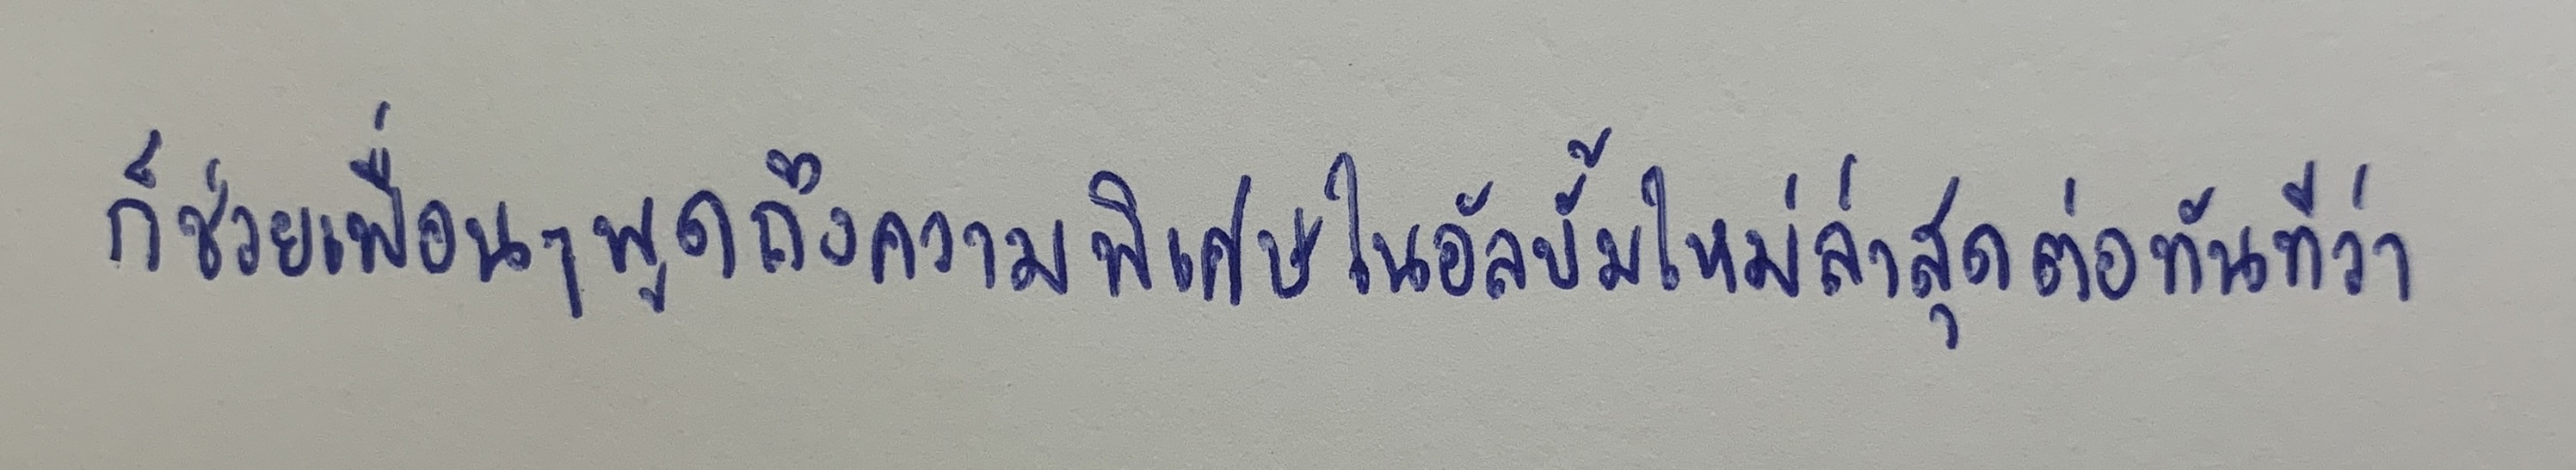
ก็ช่วยเพื่อนๆพูดถึงความพิเศษในอัลบั้มใหม่ล่าสุดต่อทันทีว่า